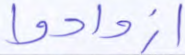
ازدادوا